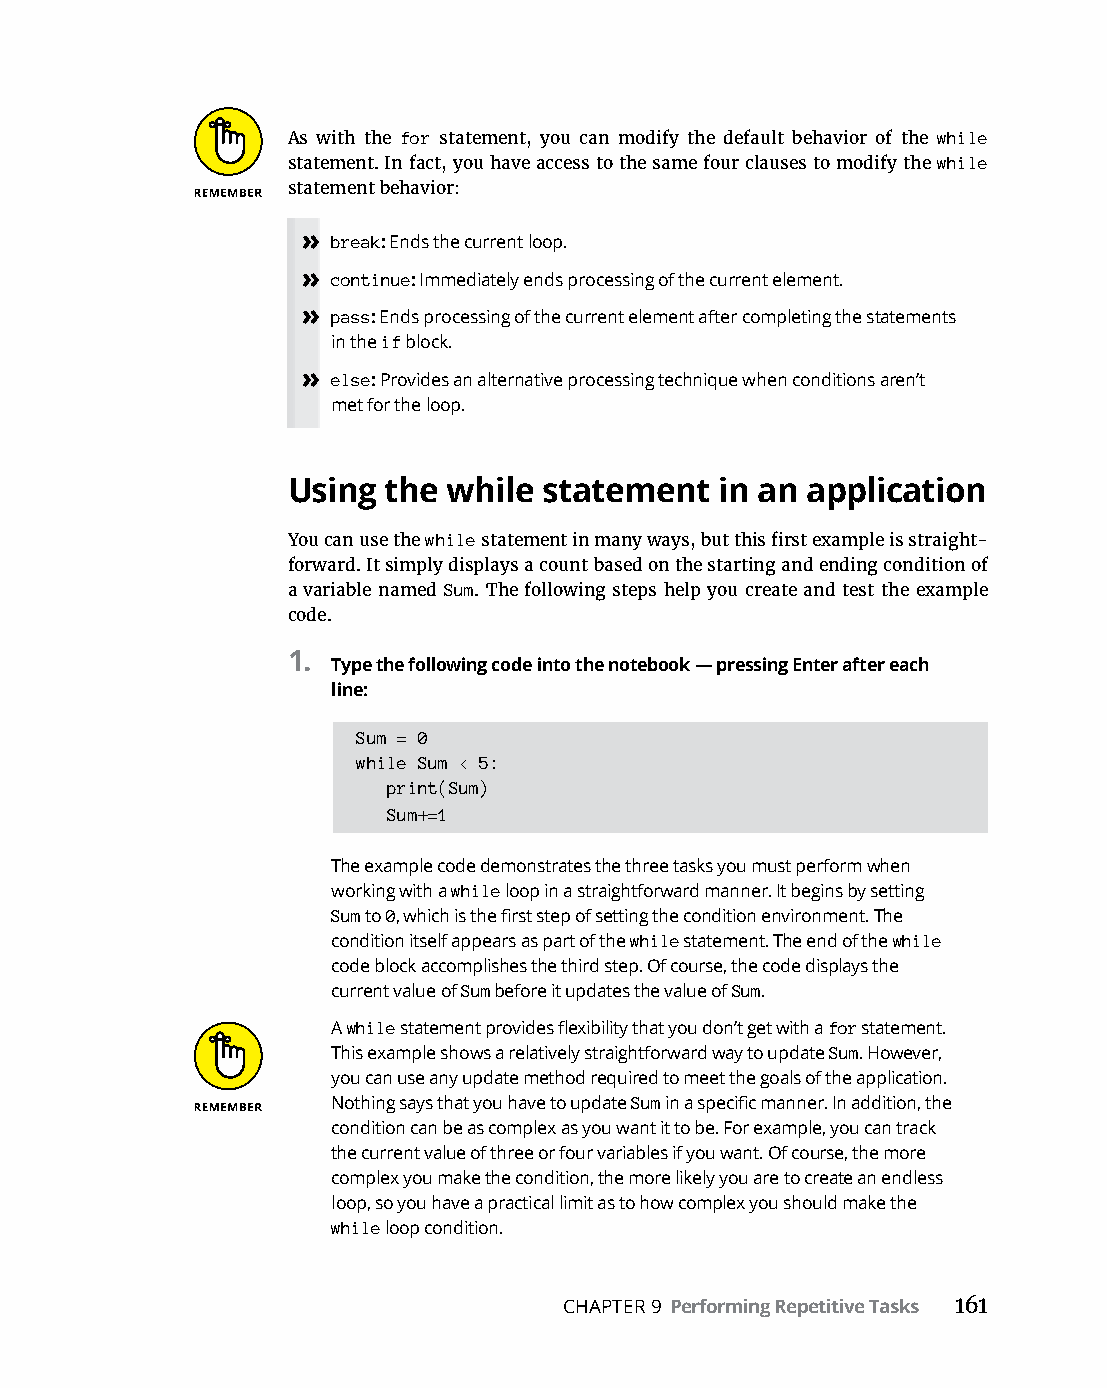
As with the for statement, you can modify the default behavior of the while
 statement. In fact, you have access to the same four clauses to modify the while
 statement behavior:
 » break: Ends the current loop.
 » continue: Immediately ends processing of the current element.
 » pass: Ends processing of the current element after completing the statements
 in the if block.
 » else: Provides an alternative processing technique when conditions aren’t
 met for the loop.
 Using the  while statement   in an application
 You can use the while statement in many ways, but this first example is straight-
 forward. It simply displays a count based on the starting and ending condition of
 a variable named Sum. The following steps help you create and test the example
 code.
 1.
 Type the following code into the notebook — pressing Enter after each
 line:
 Sum = 0
 while Sum < 5:
 print(Sum)
 Sum+=1
 The example code demonstrates the three tasks you must perform when
 working with a while loop in a straightforward manner. It begins by setting
 Sum to 0, which is the first step of setting the condition environment. The
 condition itself appears as part of the while statement. The end of the while
 code block accomplishes the third step. Of course, the code displays the
 current value of Sum before it updates the value of Sum.
 A while statement provides flexibility that you don’t get with a for statement.
 This example shows a relatively straightforward way to update Sum. However,
 you can use any update method required to meet the goals of the application.
 Nothing says that you have to update Sum in a specific manner. In addition, the
 condition can be as complex as you want it to be. For example, you can track
 the current value of three or four variables if you want. Of course, the more
 complex you make the condition, the more likely you are to create an endless
 loop, so you have a practical limit as to how complex you should make the
 while loop condition.
 CHAPTER 9 Performing Repetitive Tasks 161